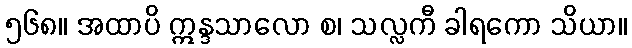
၅၆၈။ အထာပိ ဣန္ဒသာလော စ၊ သလ္လကီ ခါရကော သိယာ။